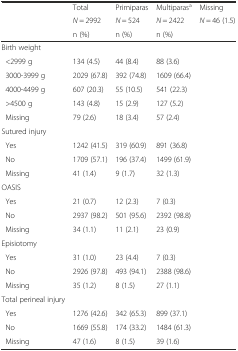
<table><thead><tr><td>[EMPTY_CELL]</td><td><b>Total</b></td><td><b>Primiparas</b></td><td><b>Multiparas<sup>a</sup></b></td><td><b>Missing</b></td></tr><tr><td>[EMPTY_CELL]</td><td><b><i>N</i> = 2992</b></td><td><b><i>N</i> = 524</b></td><td><b><i>N</i> = 2422</b></td><td><b><i>N</i> = 46 (1.5)</b></td></tr><tr><td>[EMPTY_CELL]</td><td><b>n (%)</b></td><td><b>n (%)</b></td><td><b>n (%)</b></td><td>[EMPTY_CELL]</td></tr></thead><tbody><tr><td>Birth weight</td><td>[EMPTY_CELL]</td><td>[EMPTY_CELL]</td><td>[EMPTY_CELL]</td><td>[EMPTY_CELL]</td></tr><tr><td> &lt;2999 g</td><td>134 (4.5)</td><td>44 (8.4)</td><td>88 (3.6)</td><td>[EMPTY_CELL]</td></tr><tr><td> 3000-3999 g</td><td>2029 (67.8)</td><td>392 (74.8)</td><td>1609 (66.4)</td><td>[EMPTY_CELL]</td></tr><tr><td> 4000-4499 g</td><td>607 (20.3)</td><td>55 (10.5)</td><td>541 (22.3)</td><td>[EMPTY_CELL]</td></tr><tr><td> &gt;4500 g</td><td>143 (4.8)</td><td>15 (2.9)</td><td>127 (5.2)</td><td>[EMPTY_CELL]</td></tr><tr><td> Missing</td><td>79 (2.6)</td><td>18 (3.4)</td><td>57 (2.4)</td><td>[EMPTY_CELL]</td></tr><tr><td>Sutured injury</td><td>[EMPTY_CELL]</td><td>[EMPTY_CELL]</td><td>[EMPTY_CELL]</td><td>[EMPTY_CELL]</td></tr><tr><td> Yes</td><td>1242 (41.5)</td><td>319 (60.9)</td><td>891 (36.8)</td><td>[EMPTY_CELL]</td></tr><tr><td> No</td><td>1709 (57.1)</td><td>196 (37.4)</td><td>1499 (61.9)</td><td>[EMPTY_CELL]</td></tr><tr><td> Missing</td><td>41 (1.4)</td><td>9 (1.7)</td><td>32 (1.3)</td><td>[EMPTY_CELL]</td></tr><tr><td>OASIS</td><td>[EMPTY_CELL]</td><td>[EMPTY_CELL]</td><td>[EMPTY_CELL]</td><td>[EMPTY_CELL]</td></tr><tr><td> Yes</td><td>21 (0.7)</td><td>12 (2.3)</td><td>7 (0.3)</td><td>[EMPTY_CELL]</td></tr><tr><td> No</td><td>2937 (98.2)</td><td>501 (95.6)</td><td>2392 (98.8)</td><td>[EMPTY_CELL]</td></tr><tr><td> Missing</td><td>34 (1.1)</td><td>11 (2.1)</td><td>23 (0.9)</td><td>[EMPTY_CELL]</td></tr><tr><td>Episiotomy</td><td>[EMPTY_CELL]</td><td>[EMPTY_CELL]</td><td>[EMPTY_CELL]</td><td>[EMPTY_CELL]</td></tr><tr><td> Yes</td><td>31 (1.0)</td><td>23 (4.4)</td><td>7 (0.3)</td><td>[EMPTY_CELL]</td></tr><tr><td> No</td><td>2926 (97.8)</td><td>493 (94.1)</td><td>2388 (98.6)</td><td>[EMPTY_CELL]</td></tr><tr><td> Missing</td><td>35 (1.2)</td><td>8 (1.5)</td><td>27 (1.1)</td><td>[EMPTY_CELL]</td></tr><tr><td>Total perineal injury</td><td>[EMPTY_CELL]</td><td>[EMPTY_CELL]</td><td>[EMPTY_CELL]</td><td>[EMPTY_CELL]</td></tr><tr><td> Yes</td><td>1276 (42.6)</td><td>342 (65.3)</td><td>899 (37.1)</td><td>[EMPTY_CELL]</td></tr><tr><td> No</td><td>1669 (55.8)</td><td>174 (33.2)</td><td>1484 (61.3)</td><td>[EMPTY_CELL]</td></tr><tr><td> Missing</td><td>47 (1.6)</td><td>8 (1.5)</td><td>39 (1.6)</td><td>[EMPTY_CELL]</td></tr></tbody></table>